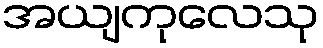
အယျကုလေသု